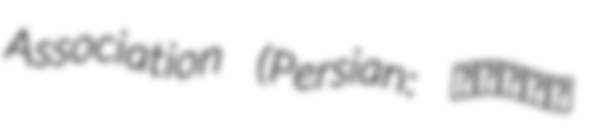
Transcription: Association (Persian: جامعۀ